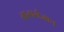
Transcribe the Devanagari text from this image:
तात्पर्यज्ञान